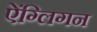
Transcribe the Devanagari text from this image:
ऐंग्लिगन